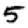
Digit: 5